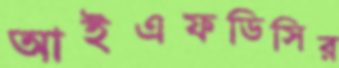
আইএফডিসির